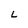
Character: L